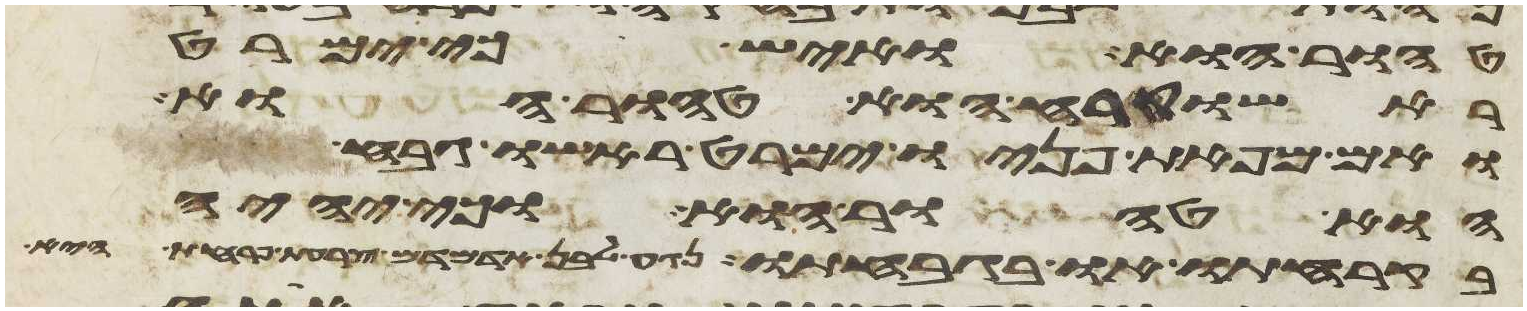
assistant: טהור הוא ואיש כי ימרט
ראשו קרח הוא טהור הוא
ואם מפאת פניו ימרט ראשו גבח
הוא טהור הוא או כי יהיה
בקרחתו או בגבחתו נגע לבן אדמדם צרעת פרחת היא